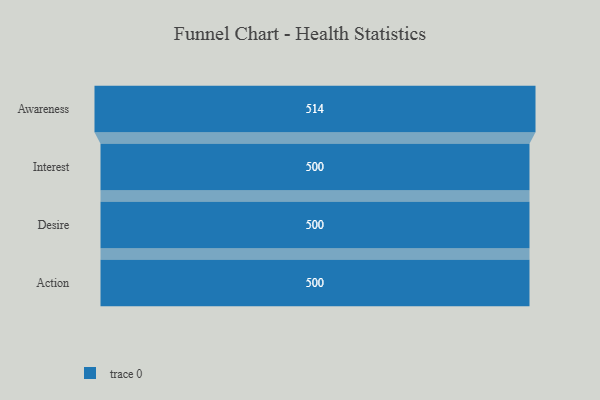
{"axis": {"x": "Stage", "y": "Value"}, "legend": [""], "data": [{"x": "Awareness", "y": 514.0, "type": ""}, {"x": "Interest", "y": 500, "type": ""}, {"x": "Desire", "y": 500, "type": ""}, {"x": "Action", "y": 500, "type": ""}]}